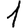
Digit: 1